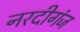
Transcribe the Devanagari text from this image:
नरदीगंज